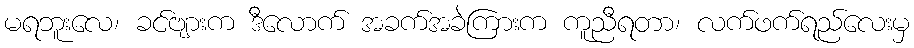
မရဘူးလေ၊ ခင်ဗျားက ဒီလောက် အခက်အခဲကြားက ကူညီရတာ၊ လက်ဖက်ရည်လေးမှ